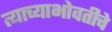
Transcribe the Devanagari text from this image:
त्याच्याभोवतीचे